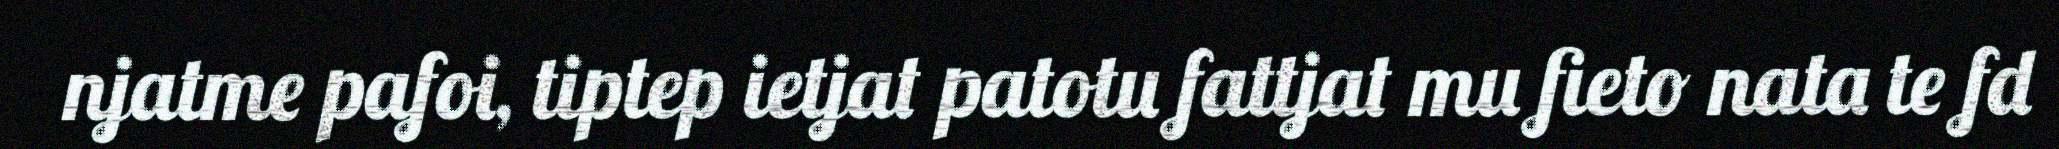
njatme pafoi, tiptep ietjat patotu fattjat mu fieto nata te fd